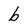
Character: b